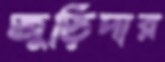
জুড়িদার